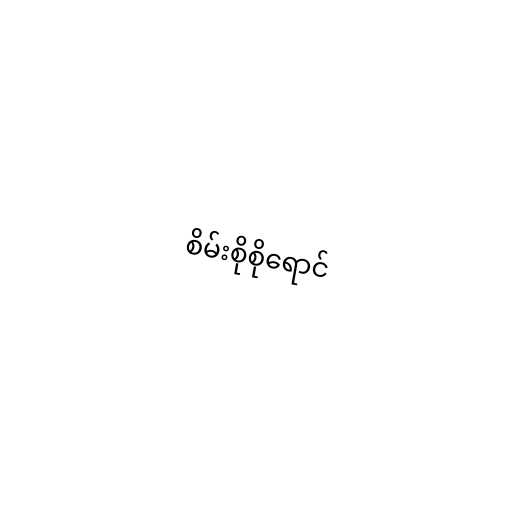
စိမ်းစိုစိုရောင်